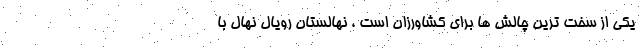
یکی از سخت ترین چالش ها برای کشاورزان است ، نهالستان رویال نهال با